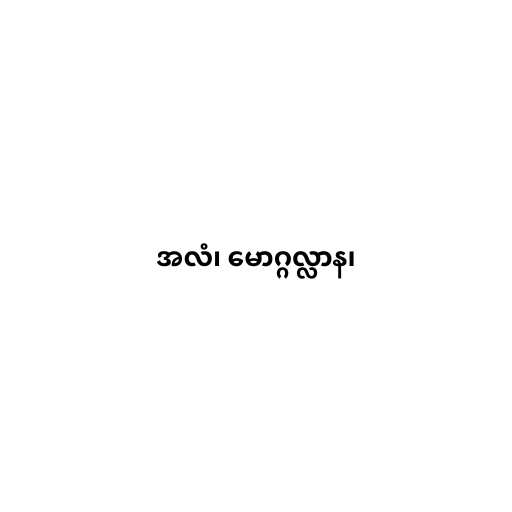
အလံ၊ မောဂ္ဂလ္လာန၊